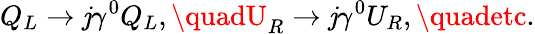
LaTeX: Q_{L}\to\mathit{j}\gamma^{0}Q_{L},\quadU_{R}\to\mathit{j}\gamma^{0}U_{R},\quadetc.